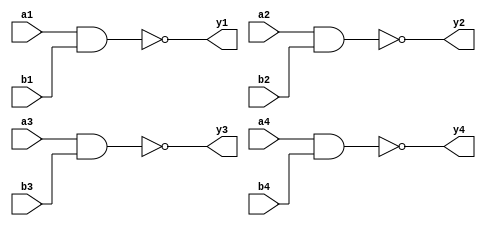
`timescale 1ns / 1ps
//////////////////////////////////////////////////////////////////////////////////
// Company:        MossbauerLab, EasySoft
// 
// Design Name: 
// Module Name:    SN74LS00
// Project Name:   sm2201_interface_board
// Target Devices: 
// Tool versions:  Quartus 12.1 sp1
// Description:    An implementation of chip SN74LS00 (4 2NAND logocal elements)
//
// Dependencies: 
//
// Revision: 
// Revision 1.0
// Additional Comments: Analog of 5553
//
//////////////////////////////////////////////////////////////////////////////////

module SN74LS00
(
    input wire a1,
    input wire b1, 
    output wire y1,
    
    input wire a2,
    input wire b2, 
    output wire y2,
    
    input wire a3,
    input wire b3, 
    output wire y3,

    input wire a4,
    input wire b4, 
    output wire y4
);

assign y1 = ~(a1 & b1);
assign y2 = ~(a2 & b2);
assign y3 = ~(a3 & b3);
assign y4 = ~(a4 & b4);

endmodule